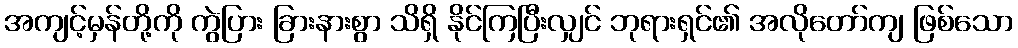
အကျင့်မှန်တို့ကို ကွဲပြား ခြားနားစွာ သိရှိ နိုင်ကြပြီးလျှင် ဘုရားရှင်၏ အလိုတော်ကျ ဖြစ်သော